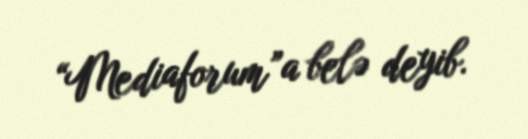
“Mediaforum”a belə deyib.